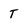
Character: T